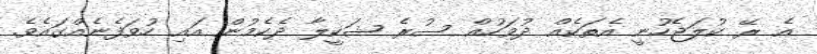
އެ ރޭ ކުލަޖެހުނީ އެތަކެއް ދުވަހުއް ސުރެ ޝަކީލާ ދެކެމުން އައި ހުވަފެނެއްގައެވެ.